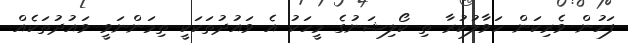
ފަހުން ވެރިކަން ހަވާލުކުރާ ތި ކޯލިޝަނުގެ މީހަކު އެ ވައުދުތަކަކީ ތިމަންނަވީ ވައުދުތަކެއް